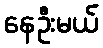
နေဦးမယ်